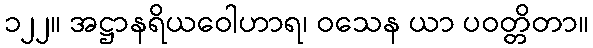
၁၂၂။ အဋ္ဌာနရိယဝေါဟာရ၊ ဝသေန ယာ ပဝတ္တိတာ။